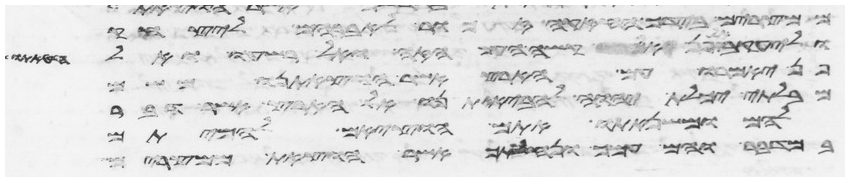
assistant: ממצרים בידך החזקה זכור לעבדיך לאברהם ליצחק
וליעקב אל תפן אל קשה העם הזה ואל רשעו ואל
פן יאמרו עם הארץ אשר הוצאתנו משם
מבלתי יכלת יהוה להביא אתם אל הארץ אשר דבר
להם ומשנאתו אתם הוציאם להמיתם
במדבר והם עמך ונחלתך אשר הוצאת ממצרים